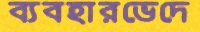
ব্যবহারভেদে